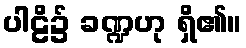
ပါဠိ၌ ခဏ္ဍဟု ရှိ၏။